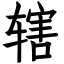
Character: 辖